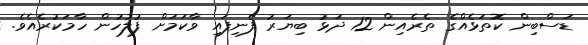
ޑަސްބިން ކޮތަޅެއްގެ ތެރެއިން 12 ދަޅު ބިޔަރު ފެނިފައި ވާކަމަށް ފުލުހުން ހާމަކުރެއެވެ.